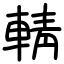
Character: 輤